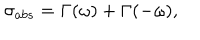
\sigma _ { a b s } = \Gamma ( \omega ) + \Gamma ( - \omega ) ,